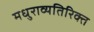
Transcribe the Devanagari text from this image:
मधुराव्यतिरिक्त